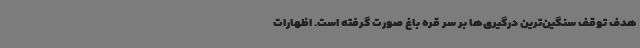
هدف توقف سنگین‌ترین درگیری‌ها بر سر قره باغ صورت گرفته است. اظهارات